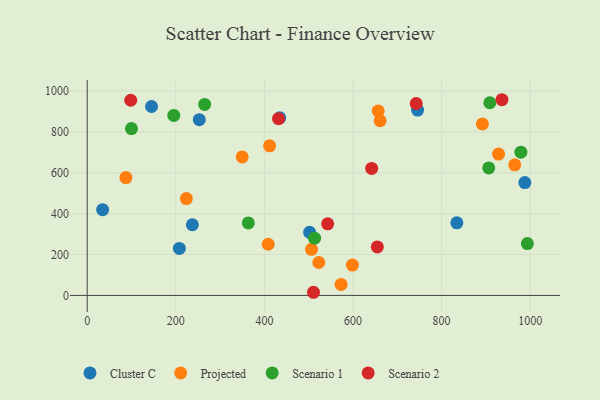
{"axis": {"x": "Ad Spend", "y": "Rating"}, "legend": ["Cluster C", "Projected", "Scenario 1", "Scenario 2"], "data": [{"x": "745.8", "y": 906.4, "type": "Cluster C"}, {"x": "237.4", "y": 345.6, "type": "Cluster C"}, {"x": "34.8", "y": 419.5, "type": "Cluster C"}, {"x": "208.0", "y": 229.8, "type": "Cluster C"}, {"x": "253.0", "y": 859.7, "type": "Cluster C"}, {"x": "987.9", "y": 552.2, "type": "Cluster C"}, {"x": "502.1", "y": 308.7, "type": "Cluster C"}, {"x": "834.4", "y": 355.3, "type": "Cluster C"}, {"x": "145.2", "y": 924.1, "type": "Cluster C"}, {"x": "434.6", "y": 868.6, "type": "Cluster C"}, {"x": "598.7", "y": 148.5, "type": "Projected"}, {"x": "928.5", "y": 691.4, "type": "Projected"}, {"x": "892.1", "y": 838.8, "type": "Projected"}, {"x": "506.3", "y": 225.3, "type": "Projected"}, {"x": "349.9", "y": 677.4, "type": "Projected"}, {"x": "411.7", "y": 731.9, "type": "Projected"}, {"x": "223.8", "y": 473.8, "type": "Projected"}, {"x": "661.2", "y": 854.5, "type": "Projected"}, {"x": "656.8", "y": 902.4, "type": "Projected"}, {"x": "522.7", "y": 161.0, "type": "Projected"}, {"x": "87.4", "y": 576.6, "type": "Projected"}, {"x": "965.1", "y": 639.0, "type": "Projected"}, {"x": "408.6", "y": 250.3, "type": "Projected"}, {"x": "573.0", "y": 53.7, "type": "Projected"}, {"x": "979.0", "y": 700.7, "type": "Scenario 1"}, {"x": "195.4", "y": 880.6, "type": "Scenario 1"}, {"x": "513.2", "y": 280.2, "type": "Scenario 1"}, {"x": "99.9", "y": 816.2, "type": "Scenario 1"}, {"x": "363.7", "y": 354.7, "type": "Scenario 1"}, {"x": "265.1", "y": 934.1, "type": "Scenario 1"}, {"x": "908.9", "y": 942.5, "type": "Scenario 1"}, {"x": "906.4", "y": 623.5, "type": "Scenario 1"}, {"x": "993.6", "y": 253.8, "type": "Scenario 1"}, {"x": "98.2", "y": 954.6, "type": "Scenario 2"}, {"x": "642.1", "y": 621.2, "type": "Scenario 2"}, {"x": "431.9", "y": 864.3, "type": "Scenario 2"}, {"x": "742.7", "y": 938.7, "type": "Scenario 2"}, {"x": "654.9", "y": 237.0, "type": "Scenario 2"}, {"x": "542.8", "y": 350.3, "type": "Scenario 2"}, {"x": "510.8", "y": 15.4, "type": "Scenario 2"}, {"x": "936.2", "y": 957.2, "type": "Scenario 2"}]}